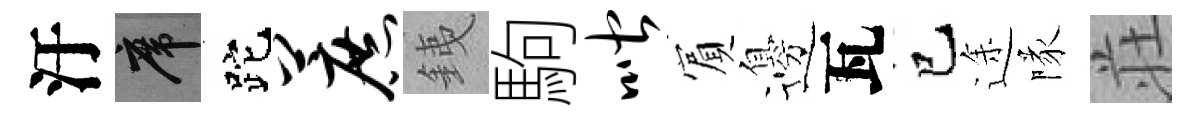
汙席跎蔗銕駒喈賔邊瓦巳途隊荘